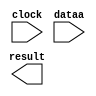
// megafunction wizard: %ALTFP_CONVERT%VBB%
// GENERATION: STANDARD
// VERSION: WM1.0
// MODULE: ALTFP_CONVERT 

// ============================================================
// Megafunction Name(s):
// 			ALTFP_CONVERT
//
// Simulation Library Files(s):
// 			lpm
// ============================================================
// ************************************************************
// THIS IS A WIZARD-GENERATED FILE. DO NOT EDIT THIS FILE!
//
// 18.1.0 Build 625 09/12/2018 SJ Lite Edition
// ************************************************************

//Copyright (C) 2018  Intel Corporation. All rights reserved.
//Your use of Intel Corporation's design tools, logic functions 
//and other software and tools, and its AMPP partner logic 
//functions, and any output files from any of the foregoing 
//(including device programming or simulation files), and any 
//associated documentation or information are expressly subject 
//to the terms and conditions of the Intel Program License 
//Subscription Agreement, the Intel Quartus Prime License Agreement,
//the Intel FPGA IP License Agreement, or other applicable license
//agreement, including, without limitation, that your use is for
//the sole purpose of programming logic devices manufactured by
//Intel and sold by Intel or its authorized distributors.  Please
//refer to the applicable agreement for further details.

module convert (
	clock,
	dataa,
	result)/* synthesis synthesis_clearbox = 1 */;

	input	  clock;
	input	[31:0]  dataa;
	output	[31:0]  result;

endmodule

// ============================================================
// CNX file retrieval info
// ============================================================
// Retrieval info: LIBRARY: altera_mf altera_mf.altera_mf_components.all
// Retrieval info: PRIVATE: INTENDED_DEVICE_FAMILY STRING "Cyclone V"
// Retrieval info: CONSTANT: INTENDED_DEVICE_FAMILY STRING "Cyclone V"
// Retrieval info: CONSTANT: LPM_HINT STRING "UNUSED"
// Retrieval info: CONSTANT: LPM_TYPE STRING "altfp_convert"
// Retrieval info: CONSTANT: OPERATION STRING "FLOAT2INT"
// Retrieval info: CONSTANT: ROUNDING STRING "TO_NEAREST"
// Retrieval info: CONSTANT: WIDTH_DATA NUMERIC "32"
// Retrieval info: CONSTANT: WIDTH_EXP_INPUT NUMERIC "8"
// Retrieval info: CONSTANT: WIDTH_EXP_OUTPUT NUMERIC "8"
// Retrieval info: CONSTANT: WIDTH_INT NUMERIC "32"
// Retrieval info: CONSTANT: WIDTH_MAN_INPUT NUMERIC "23"
// Retrieval info: CONSTANT: WIDTH_MAN_OUTPUT NUMERIC "23"
// Retrieval info: CONSTANT: WIDTH_RESULT NUMERIC "32"
// Retrieval info: USED_PORT: clock 0 0 0 0 INPUT NODEFVAL "clock"
// Retrieval info: CONNECT: @clock 0 0 0 0 clock 0 0 0 0
// Retrieval info: USED_PORT: dataa 0 0 32 0 INPUT NODEFVAL "dataa[31..0]"
// Retrieval info: CONNECT: @dataa 0 0 32 0 dataa 0 0 32 0
// Retrieval info: USED_PORT: result 0 0 32 0 OUTPUT NODEFVAL "result[31..0]"
// Retrieval info: CONNECT: result 0 0 32 0 @result 0 0 32 0
// Retrieval info: GEN_FILE: TYPE_NORMAL convert.v TRUE FALSE
// Retrieval info: GEN_FILE: TYPE_NORMAL convert.qip TRUE FALSE
// Retrieval info: GEN_FILE: TYPE_NORMAL convert.bsf TRUE TRUE
// Retrieval info: GEN_FILE: TYPE_NORMAL convert_inst.v TRUE TRUE
// Retrieval info: GEN_FILE: TYPE_NORMAL convert_bb.v TRUE TRUE
// Retrieval info: GEN_FILE: TYPE_NORMAL convert.inc TRUE TRUE
// Retrieval info: GEN_FILE: TYPE_NORMAL convert.cmp TRUE TRUE
// Retrieval info: LIB_FILE: lpm